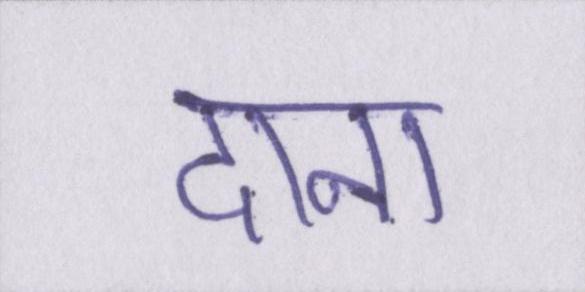
दाना